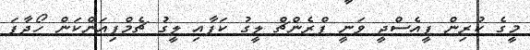
މީގެ ކުރިން ޕީއެސްޖީ ވަނީ ފްރެންޗް ލީގު ކަޕާއި ލީގު ޗެމްޕިއަންކަން ހޯދާފަ